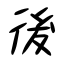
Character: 後